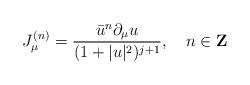
\begin{align*}J_{\mu}^{(n)}=\frac{\bar{u}^n \partial_{\mu}u}{(1+|u|^2)^{j+1}}, \quad n \in \mathbf{Z}\end{align*}